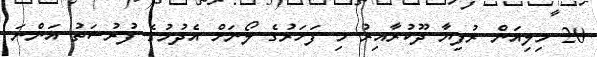
20 މިލިއަން ރުފިޔާ ދޫކުރާއިރު މި ފަހަރުގެ ލޯނަށް އެދުމުގެ ފުރުސަތު އަންނަ